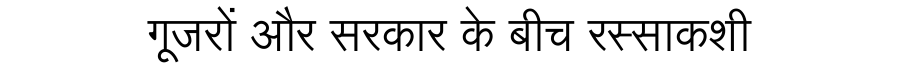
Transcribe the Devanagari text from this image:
गूजरों और सरकार के बीच रस्साकशी